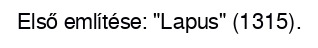
Első említése: "Lapus" (1315).